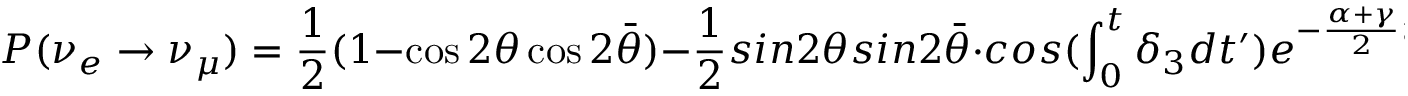
P ( \nu _ { e } \rightarrow \nu _ { \mu } ) = \frac { 1 } { 2 } ( 1 - \cos 2 \theta \cos 2 \bar { \theta } ) - \frac { 1 } { 2 } s i n 2 \theta s i n 2 \bar { \theta } \cdot c o s ( \int _ { 0 } ^ { t } \delta _ { 3 } d t ^ { \prime } ) e ^ { - \frac { \alpha + \gamma } { 2 } t } .